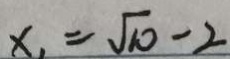
x _ { 1 } = \sqrt { 1 0 } - 2